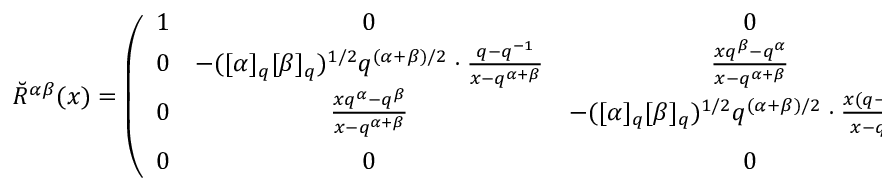
\breve { R } ^ { \alpha \beta } ( x ) = \left( \begin{array} { c c c c } { { 1 } } & { { 0 } } & { { 0 } } & { { 0 } } \\ { { 0 } } & { { - ( [ \alpha ] _ { q } [ \beta ] _ { q } ) ^ { 1 / 2 } q ^ { ( \alpha + \beta ) / 2 } \cdot \frac { q - q ^ { - 1 } } { x - q ^ { \alpha + \beta } } } } & { { \frac { x q ^ { \beta } - q ^ { \alpha } } { x - q ^ { \alpha + \beta } } } } & { { 0 } } \\ { { 0 } } & { { \frac { x q ^ { \alpha } - q ^ { \beta } } { x - q ^ { \alpha + \beta } } } } & { { - ( [ \alpha ] _ { q } [ \beta ] _ { q } ) ^ { 1 / 2 } q ^ { ( \alpha + \beta ) / 2 } \cdot \frac { x ( q - q ^ { - 1 } ) } { x - q ^ { \alpha + \beta } } } } & { { 0 } } \\ { { 0 } } & { { 0 } } & { { 0 } } & { { \frac { 1 - x q ^ { \alpha + \beta } } { x - q ^ { \alpha + \beta } } } } \end{array} \right)